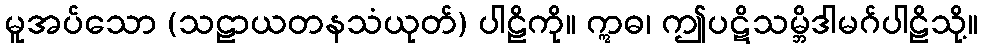
မူအပ်သော (သဠာယတနသံယုတ်) ပါဠိကို။ ဣဓ၊ ဤပဋိသမ္ဘိဒါမဂ်ပါဠိသို့။